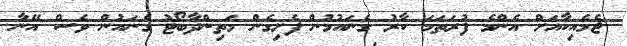
ޖެމެއިކާއަށް އެންމެ ފުރަތަމަ ކާރު ގެނައުމުން ފެށިގެން މަތިންދާބޯޓު ގެނައުން ވެސް އޭނާ